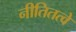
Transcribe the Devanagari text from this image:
नीतितत्वे